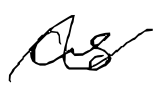
Text: as
Cross-out: wave
Writing tool: digital_black